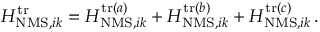
\begin{array} { r } { H _ { \mathrm { N M S } , i k } ^ { \mathrm { t r } } = H _ { \mathrm { N M S } , i k } ^ { \mathrm { t r } ( a ) } + H _ { \mathrm { N M S } , i k } ^ { \mathrm { t r } ( b ) } + H _ { \mathrm { N M S } , i k } ^ { \mathrm { t r } ( c ) } \, . } \end{array}